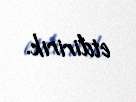
etdiririk.